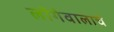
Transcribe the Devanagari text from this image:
लोंगेवालाचे